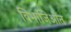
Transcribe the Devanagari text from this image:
विभाजिओत